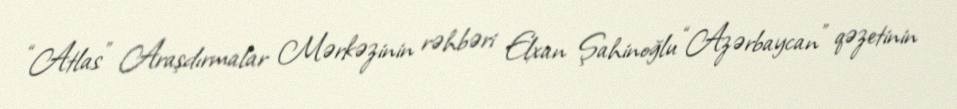
“Atlas” Araşdırmalar Mərkəzinin rəhbəri Elxan Şahinoğlu “Azərbaycan” qəzetinin